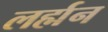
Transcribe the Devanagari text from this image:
लर्ह्मन